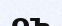
оъ